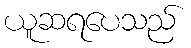
ယူဆရပေသည်